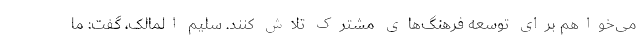
می‌خواهم برای توسعه فرهنگ‌های مشترک تلاش کنند. سلیم المالک، گفت: ما